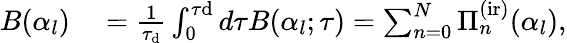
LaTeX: \begin{array}{rl}{B(\alpha_{l})}&{{}=\frac{1}{\tau_{\mathrm{d}}}\int_{0}^{\tau\mathrm{d}}d\tau B(\alpha_{l};\tau)=\sum_{n=0}^{N}{\Pi}_{n}^{\mathrm{(ir)}}(\alpha_{l}),}\end{array}